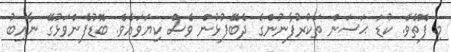
މި ފޮތެވެ. ކުޑަ ޙަސަން ތަކުރުފާނުންގެ ދެބޭފުޅުން ވެސް ކިޔަވައެވެ. ބޮޑުފެންވަޅުގޭ ނާއިބު